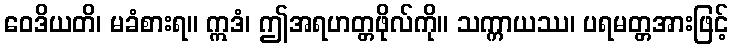
ဝေဒိယတိ၊ မခံစားရ။ ဣဒံ၊ ဤအရဟတ္တဖိုလ်ကို။ သက္ကာယဿ၊ ပရမတ္တအားဖြင့်